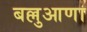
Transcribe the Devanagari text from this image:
बल्लुआणा